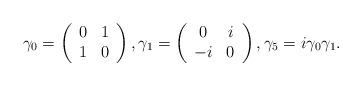
\begin{align*}\gamma _{0}=\left( \begin{array}{cc}0 & 1 \\ 1 & 0\end{array}\right) ,\gamma _{1}=\left( \begin{array}{cc}0 & i \\ -i & 0\end{array}\right) ,\gamma _{5}=i\gamma _{0}\gamma _{1}. \end{align*}